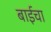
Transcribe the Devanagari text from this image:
बाईचा